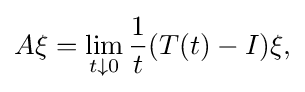
\displaystyle {A\xi =\lim _{t\downarrow 0}{1 \over t}(T(t)-I)\xi ,}